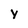
Character: Y